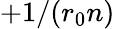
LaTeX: +1/(r_{0}n)